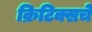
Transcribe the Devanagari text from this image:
क्रिटिक्सचे